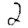
Digit: 2